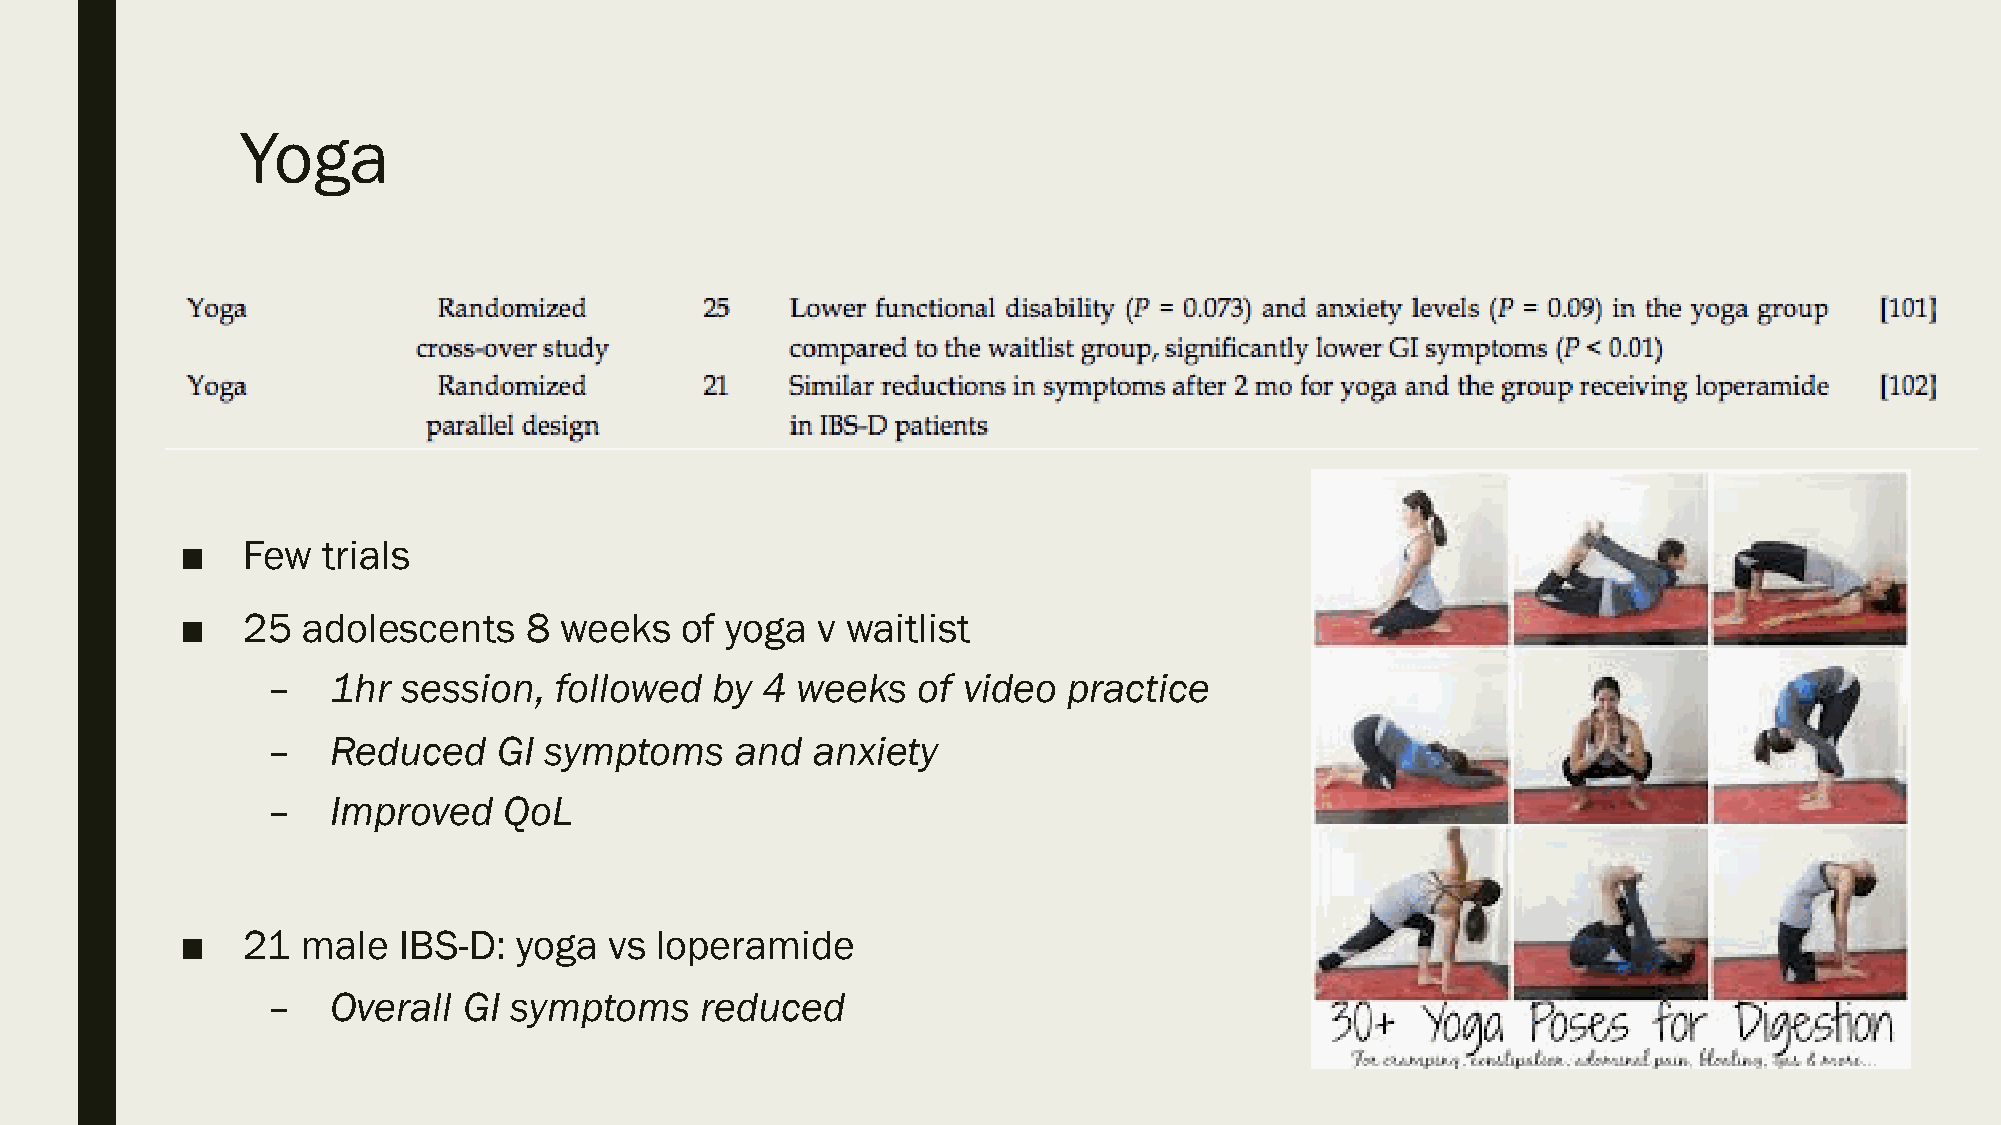
Yoga
 ■   Few  trials
 ■   25  adolescents    8 weeks   of yoga  v waitlist
 –   1hr  session,  followed  by 4  weeks   of video  practice
 –   Reduced    GI symptoms     and  anxiety
 –   Improved   QoL
 ■   21  male  IBS-D:  yoga  vs loperamide
 –   Overall  GI symptoms    reduced